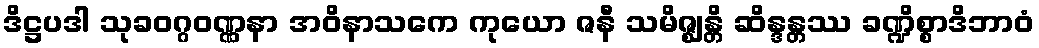
ဒိဋ္ဌပဒါ သုခဝဂ္ဂဝဏ္ဏနာ အဝိနာသကေ ကုယော ဇနီ သမိဇ္ဈန္တိ ဆိန္ဒန္တဿ ခဏ္ဍိစ္စာဒိဘာဝံ